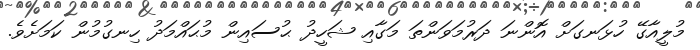
މުލީއާގޭ ހުޅަނގަށް އޮންނަ ދަރުމަވަންތަ މަގާއި ޝަހީދު ޙުސައިން މުޙައްމަދު ހިނގުމުން ކަމަށެވެ.